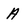
Character: A